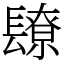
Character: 镽